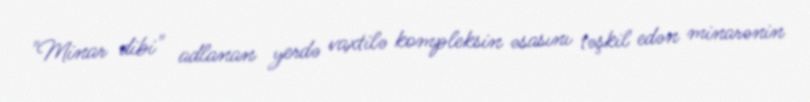
"Minar dibi" adlanan yerdə vaxtilə kompleksin əsasını təşkil edən minarənin